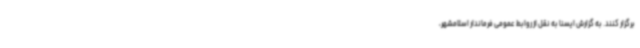
برگزار کنند. به گزارش ایسنا به نقل از روابط عمومی فرماندار اسلامشهر،